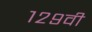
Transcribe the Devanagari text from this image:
१२९वी